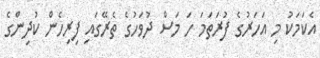
އެކަމަކު މި އަހަރުގެ ފުރަތަމަ ހަ މަސް ދުވަހުގެ ތެރޭގައި ފިރިހެން ކުދިންގެ